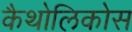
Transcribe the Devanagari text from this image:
कैथोलिकोस